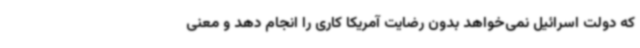
که دولت اسرائیل نمی‌خواهد بدون رضایت آمریکا کاری را انجام دهد و معنی